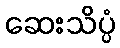
ဆေးသိပ္ပံ